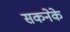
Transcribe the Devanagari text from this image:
सकनेके